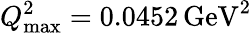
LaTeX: Q_{\mathrm{max}}^{2}=0.0452\, \mathrm{GeV}^{2}